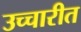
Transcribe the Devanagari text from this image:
उच्चारीत